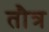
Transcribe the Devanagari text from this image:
तौत्र